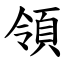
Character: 領